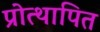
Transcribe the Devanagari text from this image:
प्रोत्थापित